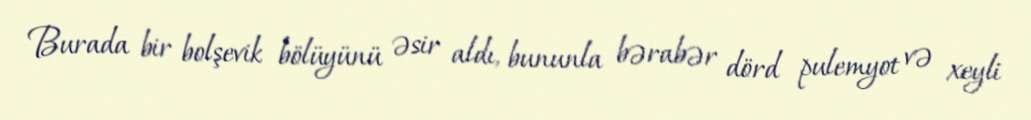
Burada bir bolşevik bölüyünü əsir aldı, bununla bərabər dörd pulemyot və xeyli